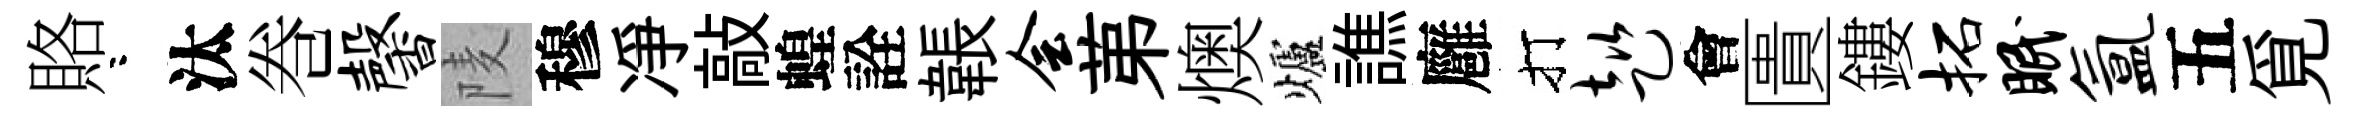
賂咯汰巻馨𨹧穆凈敲蝗詮韔会苐燠爐譙廱打趑會匱鏤拓眠氲五覓